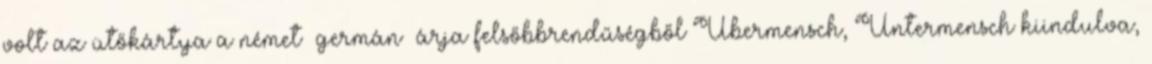
volt az ütőkártya a német germán árja felsőbbrendűségből Übermensch, Untermensch kiindulva,